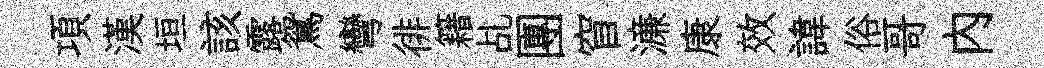
項漢垣該露鴛彎徘籍乩團窅濓康效諱俗哥內